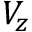
V _ { z }